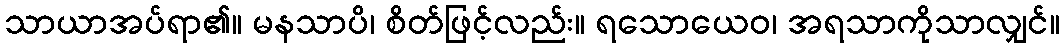
သာယာအပ်ရာ၏။ မနသာပိ၊ စိတ်ဖြင့်လည်း။ ရသောယေဝ၊ အရသာကိုသာလျှင်။